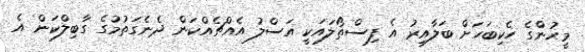
މީހުންގެ ހެކިބަހަށް ބަލާއިރު އެ ފިިސްތޯލައަކީ އަސްލު އެއްޗެއްކަން ދެނެގަތުމުގެ ގާބިލްކަން އެ